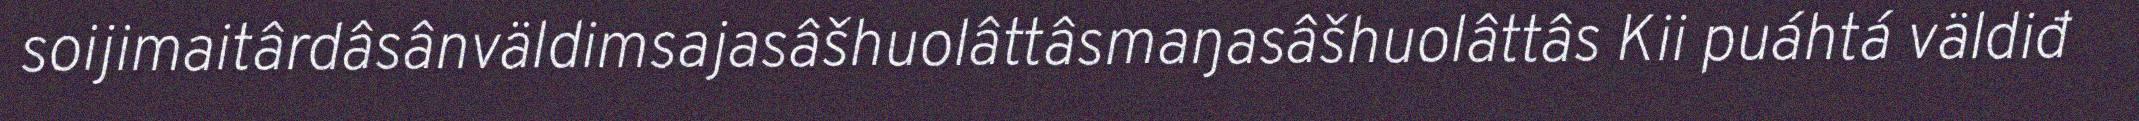
soijimaitârdâsânväldimsajasâšhuolâttâsmaŋasâšhuolâttâs Kii puáhtá väldiđ